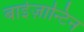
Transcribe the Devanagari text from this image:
बाईज़ान्टिन